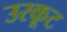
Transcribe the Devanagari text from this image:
उरकूट